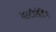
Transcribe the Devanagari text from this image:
मल्टीसेटिंग